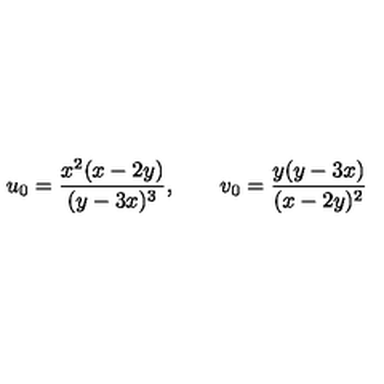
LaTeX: u _ { 0 } = \frac { x ^ { 2 } ( x - 2 y ) } { ( y - 3 x ) ^ { 3 } } , \qquad v _ { 0 } = \frac { y ( y - 3 x ) } { ( x - 2 y ) ^ { 2 } }